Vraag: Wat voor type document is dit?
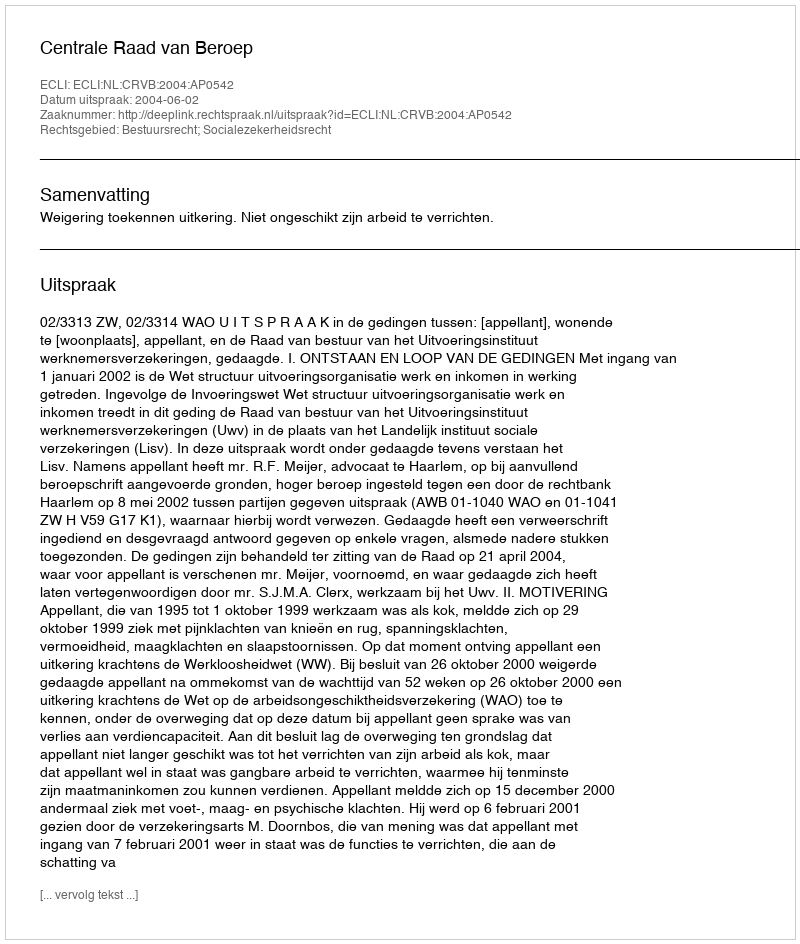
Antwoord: Uitspraak